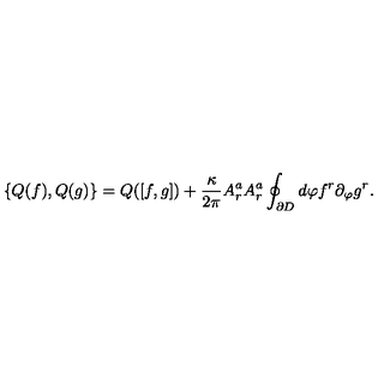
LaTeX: \{ Q ( f ) , Q ( g ) \} = Q ( [ f , g ] ) + \frac { \kappa } { 2 \pi } A _ { r } ^ { a } A _ { r } ^ { a } \oint _ { \partial D } d \varphi f ^ { r } \partial _ { \varphi } g ^ { r } .